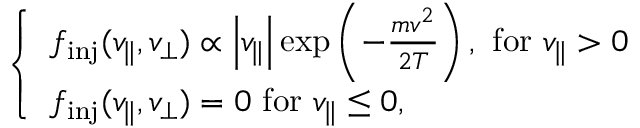
\begin{array} { r } { \left\{ \begin{array} { l l } { f _ { \mathrm { i n j } } ( v _ { \parallel } , v _ { \perp } ) \propto \left| v _ { \parallel } \right| \exp \left( - \frac { m v ^ { 2 } } { 2 T } \right) , \, \, \mathrm { f o r } \, \, v _ { \parallel } > 0 } \\ { f _ { \mathrm { i n j } } ( v _ { \parallel } , v _ { \perp } ) = 0 \, \, \mathrm { f o r } \, \, v _ { \parallel } \le 0 , } \end{array} \right. } \end{array}